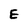
Character: E